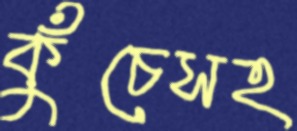
কুঁচেসহ